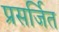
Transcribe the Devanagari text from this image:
प्रसर्जित